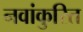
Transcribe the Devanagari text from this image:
नवांकुरित